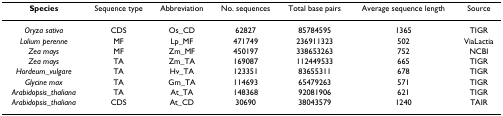
<table><thead><tr><td><b>Species</b></td><td><b>Sequence type</b></td><td><b>Abbreviation</b></td><td><b>No. sequences</b></td><td><b>Total base pairs</b></td><td><b>Average sequence length</b></td><td><b>Source</b></td></tr></thead><tbody><tr><td><i>Oryza sativa</i></td><td>CDS</td><td>Os_CD</td><td>62827</td><td>85784595</td><td>1365</td><td>TIGR</td></tr><tr><td><i>Lolium perenne</i></td><td>MF</td><td>Lp_MF</td><td>471749</td><td>236911323</td><td>502</td><td>ViaLactia</td></tr><tr><td><i>Zea mays</i></td><td>MF</td><td>Zm_MF</td><td>450197</td><td>338653263</td><td>752</td><td>NCBI</td></tr><tr><td><i>Zea mays</i></td><td>TA</td><td>Zm_TA</td><td>169087</td><td>112449533</td><td>665</td><td>TIGR</td></tr><tr><td><i>Hordeum_vulgare</i></td><td>TA</td><td>Hv_TA</td><td>123351</td><td>83655311</td><td>678</td><td>TIGR</td></tr><tr><td><i>Glycine max</i></td><td>TA</td><td>Gm_TA</td><td>114693</td><td>65479263</td><td>571</td><td>TIGR</td></tr><tr><td><i>Arabidopsis_thaliana</i></td><td>TA</td><td>At_TA</td><td>148368</td><td>92081906</td><td>621</td><td>TIGR</td></tr><tr><td><i>Arabidopsis_thaliana</i></td><td>CDS</td><td>At_CD</td><td>30690</td><td>38043579</td><td>1240</td><td>TAIR</td></tr></tbody></table>